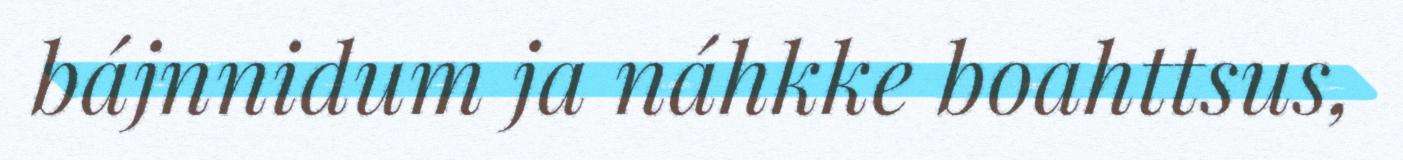
bájnnidum ja náhkke boahttsus,